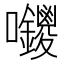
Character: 𭍊